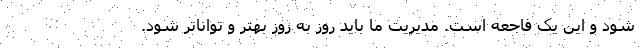
شود و این یک فاجعه است. مدیریت ما باید روز به روز بهتر و تواناتر شود.